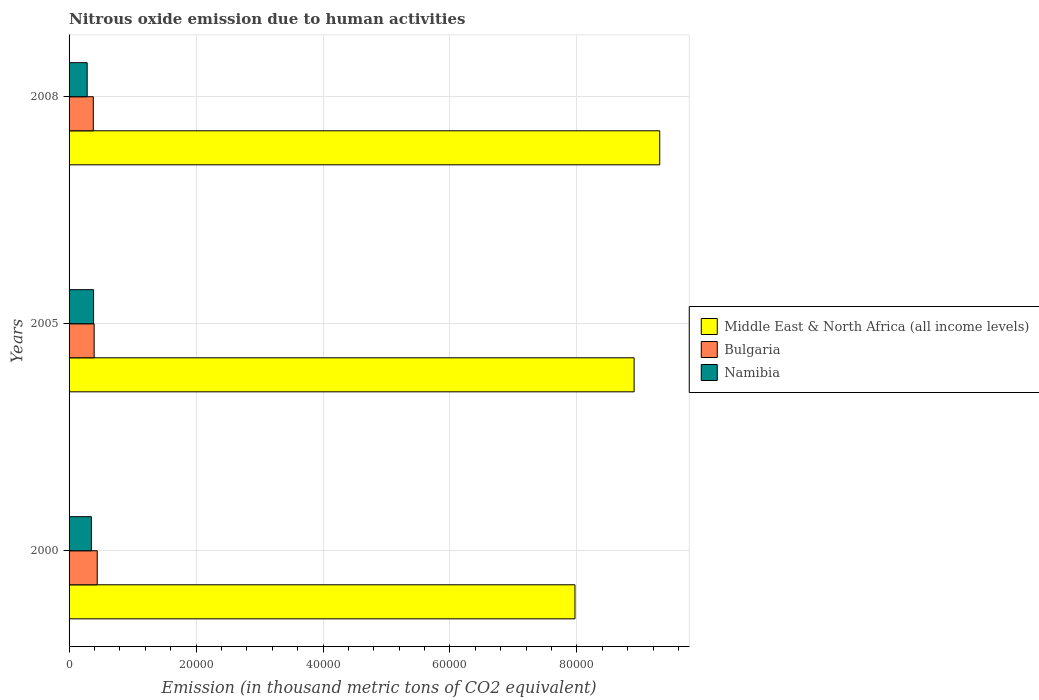
| Years | Middle East & North Africa (all income levels) | Bulgaria | Namibia |
 | --- | --- | --- | --- |
 | 2000 | 7.97e+04 | 4.43e+03 | 3.52e+03 |
 | 2005 | 8.9e+04 | 3.95e+03 | 3.86e+03 |
 | 2008 | 9.3e+04 | 3.82e+03 | 2.85e+03 |